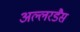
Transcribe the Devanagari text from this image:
अल्लरडैस